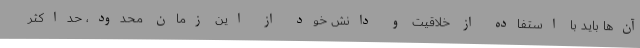
آن‌ها باید با استفاده از خلاقیت و دانش خود از این زمان محدود، حداکثر